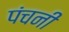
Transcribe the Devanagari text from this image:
पंचनी